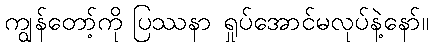
ကျွန်တော့်ကို ပြဿနာ ရှုပ်အောင်မလုပ်နဲ့နော်။